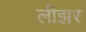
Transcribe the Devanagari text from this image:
लीझर